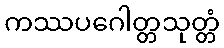
ကဿပဂေါတ္တသုတ္တံ